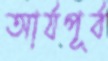
আর্যপূর্ব